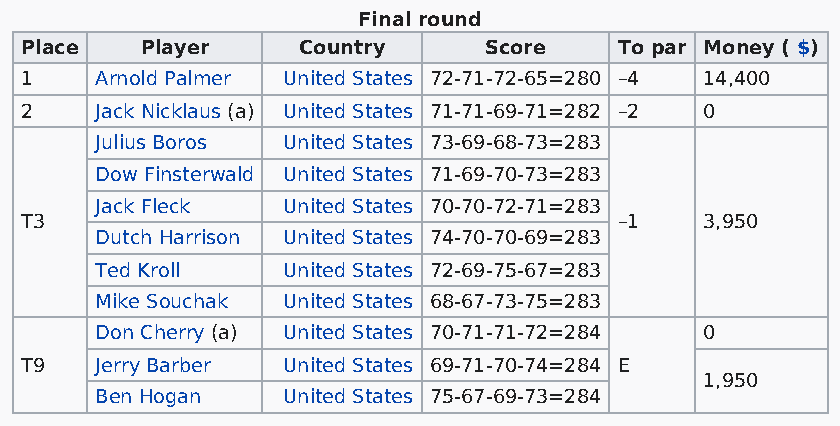
Final round
 Place   Player     Country     Score    To par Money ( $)
 1    Arnold Palmer United States 72-71-72-65=280 –4 14,400
 2    Jack Nicklaus (a) United States 71-71-69-71=282 –2 0
 Julius Boros United States 73-69-68-73=283
 Dow Finsterwald United States 71-69-70-73=283
 Jack Fleck   United States 70-70-72-71=283
 T3                                      –1    3,950
 Dutch Harrison United States 74-70-70-69=283
 Ted Kroll    United States 72-69-75-67=283
 Mike Souchak United States 68-67-73-75=283
 Don Cherry (a) United States 70-71-71-72=284 0
 T9   Jerry Barber United States 69-71-70-74=284 E
 1,950
 Ben Hogan    United States 75-67-69-73=284